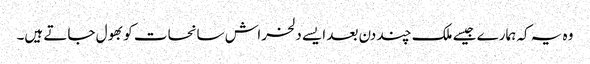
وہ یہ کہ ہمارے جیسے ملک چند دن بعد ایسے دلخراش سانحات کو بھول جاتے ہیں۔